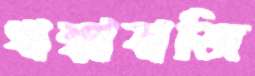
ধান্ধাবাজি